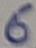
Text: 6